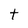
Character: t